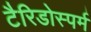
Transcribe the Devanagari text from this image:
टैरिडोस्पर्म